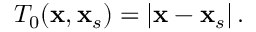
\begin{array} { r } { T _ { 0 } ( \mathbf { x } , \mathbf { x } _ { s } ) = \left| \mathbf { x } - \mathbf { x } _ { s } \right| . } \end{array}